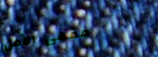
مقهى الأمل